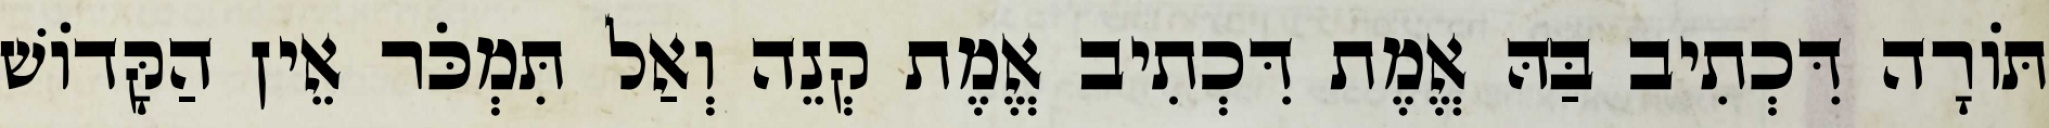
תּוֹרָה דִּכְתִיב בַּהּ אֱמֶת דִּכְתִיב אֱמֶת קְנֵה וְאַל תִּמְכֹּר אֵין הַקָּדוֹשׁ